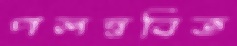
পলস্নবিত